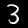
Digit: 3